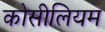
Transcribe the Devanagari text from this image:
कोसीलियम